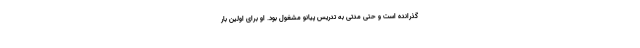
گذرانده است و حتی مدتی به تدریس پیانو مشغول بود. او برای اولین بار